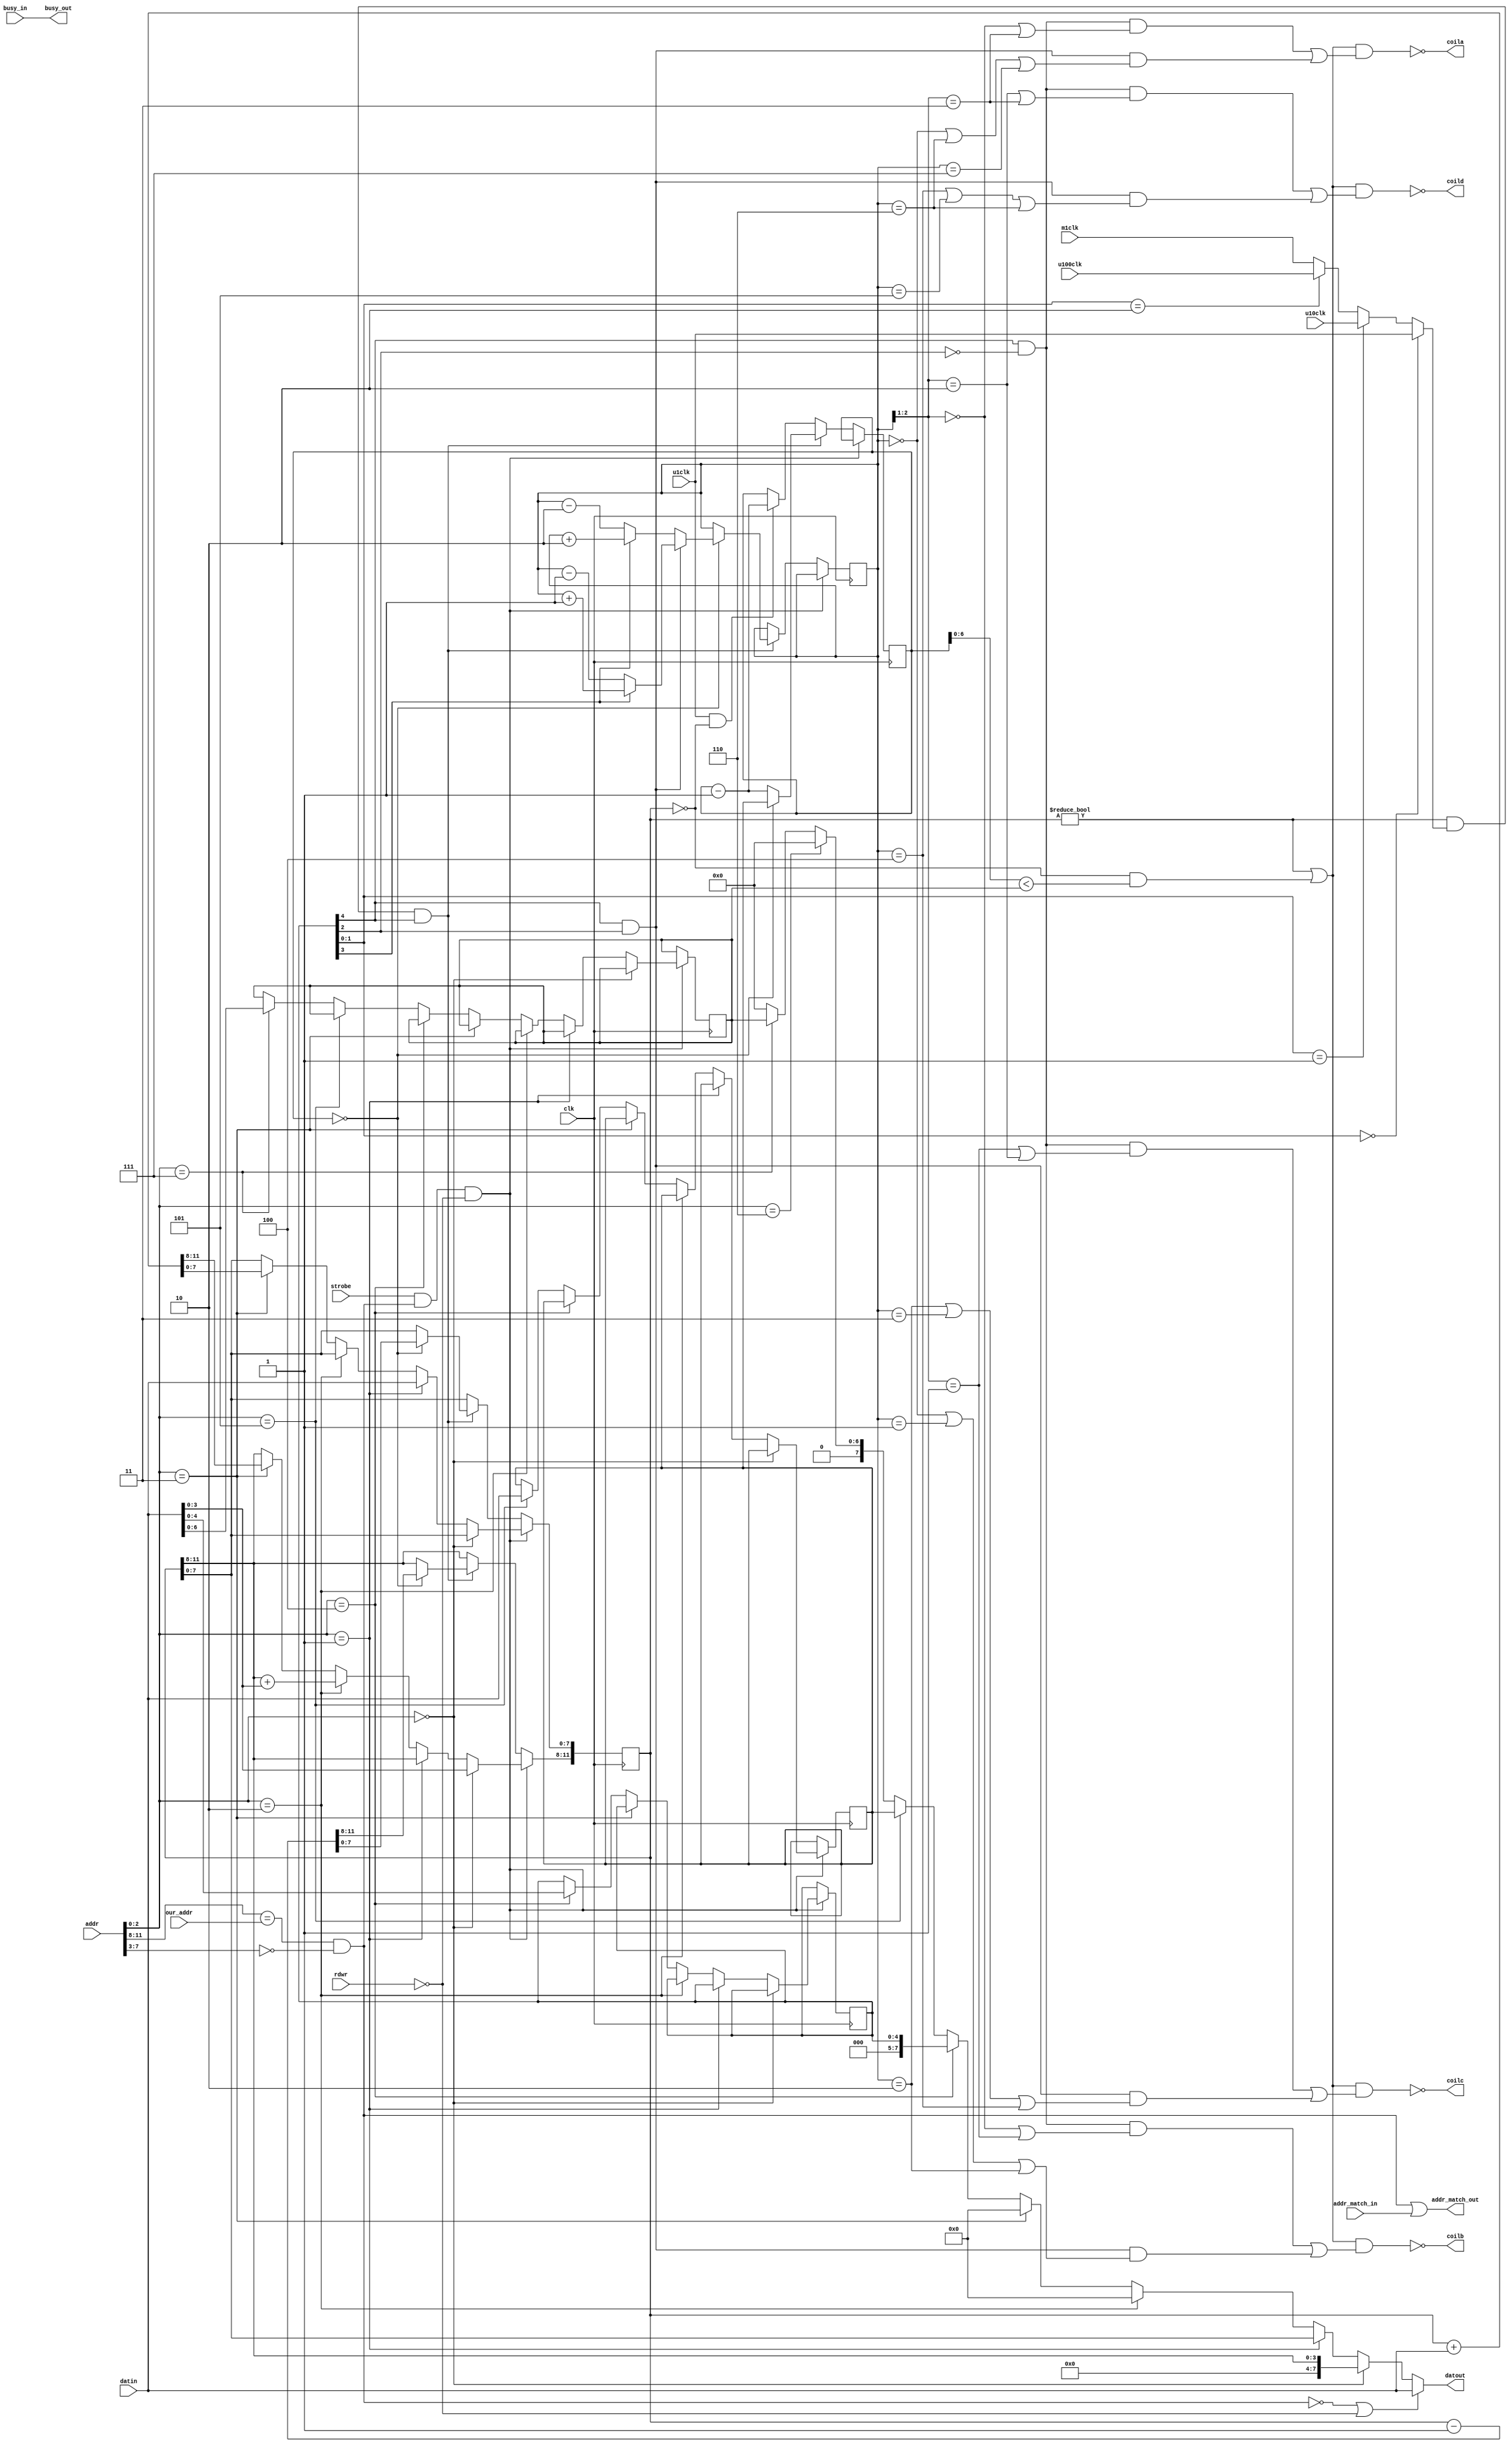
// *********************************************************
// Copyright (c) 2020 Demand Peripherals, Inc.
// 
// This file is licensed separately for private and commercial
// use.  See LICENSE.txt which should have accompanied this file
// for details.  If LICENSE.txt is not available please contact
// support@demandperipherals.com to receive a copy.
// 
// In general, you may use, modify, redistribute this code, and
// use any associated patent(s) as long as
// 1) the above copyright is included in all redistributions,
// 2) this notice is included in all source redistributions, and
// 3) this code or resulting binary is not sold as part of a
//    commercial product.  See LICENSE.txt for definitions.
// 
// DPI PROVIDES THE SOFTWARE "AS IS," WITHOUT WARRANTIES OR
// CONDITIONS OF ANY KIND, EITHER EXPRESS OR IMPLIED, INCLUDING
// WITHOUT LIMITATION ANY WARRANTIES OR CONDITIONS OF TITLE,
// NON-INFRINGEMENT, MERCHANTABILITY, OR FITNESS FOR A PARTICULAR
// PURPOSE.  YOU ARE SOLELY RESPONSIBLE FOR DETERMINING THE
// APPROPRIATENESS OF USING OR REDISTRIBUTING THE SOFTWARE (WHERE
// ALLOWED), AND ASSUME ANY RISKS ASSOCIATED WITH YOUR EXERCISE OF
// PERMISSIONS UNDER THIS AGREEMENT.
// 
// This software may be covered by US patent #10,324,889. Rights
// to use these patents is included in the license agreements.
// See LICENSE.txt for more information.
// *********************************************************

//////////////////////////////////////////////////////////////////////////
//
//
//      This design has a read/write register for the number of steps to go,
//  a read/write register for step rate (step period actually), a read/write
//  flag to indicate full or half steps, and a write-only register that adds
//  or removes steps from the target step count.
//      The hardware outputs go to each of the four windings on the stepper.
//
//  Outputs are inverted to match the power-on state of the FPGA.  The outputs
//  are as follows for full and half steps (without output inverters):
//
//  Full Step
//    phac[1:0]  Coil A  B  C  D
//           0        1  1  0  0
//           1        0  1  1  0
//           2        0  0  1  1
//           3        1  0  0  1
//
//
//  Half Step
//    phac[2:0]  Coil A  B  C  D
//           0        1  1  0  0
//           1        0  1  0  0
//           2        0  1  1  0
//           3        0  0  1  0
//           4        0  0  1  1
//           5        0  0  0  1
//           6        1  0  0  1
//           7        1  0  0  0
//
//  Registers are (high byte)
//    Addr=0    12 bit target step count, decremented to zero
//    Addr=2    12 bit value synchronously added to the target, write only
//    Addr=4    High 5 bits are the setup, low 8 bits are the period
//    Addr=6    Low 7 bits are the holding current PWM value
//
//  The setup register has the following bits
//   Bit 12   on/off     1==on
//   Bit 11   direction  1==abcd, 0=dcba
//   Bit 10   half/full  1==half
//   bit 9,8  00         period clock is 1 microsecond
//            01         period clock is 10 microseconds
//            10         period clock is 100 microseconds
//            11         period clock is 1 millisecond
//
/////////////////////////////////////////////////////////////////////////
module stepu(clk,rdwr,strobe,our_addr,addr,busy_in,busy_out,
       addr_match_in,addr_match_out,datin,datout,
       m1clk, u100clk, u10clk, u1clk,coila,coilb,coilc,coild);
    input  clk;              // system clock
    input  rdwr;             // direction of this transfer. Read=1; Write=0
    input  strobe;           // true on full valid command
    input  [3:0] our_addr;   // high byte of our assigned address
    input  [11:0] addr;      // address of target peripheral
    input  busy_in;          // ==1 if a previous peripheral is busy
    output busy_out;         // ==our busy state if our address, pass through otherwise
    input  addr_match_in;    // ==1 if a previous peripheral claims the address
    output addr_match_out;   // ==1 if we claim the above address, pass through otherwise
    input  [7:0] datin ;     // Data INto the peripheral;
    output [7:0] datout ;    // Data OUTput from the peripheral, = datin if not us.
    input  m1clk;            // Millisecond clock pulse
    input  u100clk;          // 100 microsecond clock pulse
    input  u10clk;           // 10 microsecond clock pulse
    input  u1clk;            // 1 microsecond clock pulse
    output coila;            // Output for coil #A
    output coilb;            // Output for coil #B
    output coilc;            // Output for coil #C
    output coild;            // Output for coil #D
 
    wire   myaddr;           // ==1 if a correct read/write on our address
    reg    [11:0] target;    // Step target.
    reg    [7:0] period;     // Inter-step period
    reg    [4:0] setup;      // Setup has on/off, direction, half/full steps, and frequency selector
    wire   onoff,dir;        // on/off and direction
    wire   full,half;        // indicators for full or half steps
    reg    [7:0] pdiv;       // period clock divider and holding PWM counter
    wire   pclk;             // period input clock
    reg    [2:0] phac;       // phase accumulator -- actual stepper position
    reg    [6:0] holding;    // holding current as a 7 bit number


    assign onoff = setup[4]; // on/off bit
    assign dir   = setup[3];
    assign full = onoff & (~setup[2]);
    assign half = onoff & setup[2];
    assign pclk = (setup[1:0] == 0) ? u1clk :
                  (setup[1:0] == 1) ? u10clk :
                  (setup[1:0] == 2) ? u100clk : m1clk ;

    initial
    begin
        target = 0;
        period = 8'hff;
        setup = 0;
        phac = 0;
    end

    always @(posedge clk)
    begin
        if (strobe & myaddr & ~rdwr)  // latch data on a write
        begin
            if (addr[2:0] == 0)
                target[11:8] <= datin[3:0];
            else if (addr[2:0] == 1)
                target[7:0] <= datin[7:0];
            else if (addr[2:0] == 2)
                target[11:8] <= target[11:8] + datin[3:0];
            else if (addr[2:0] == 3)
                target <= target + {4'h0,datin[7:0]};
            else if (addr[2:0] == 4)
                setup <= datin[4:0];
            else if (addr[2:0] == 5)
                period <= datin[7:0];
            //else if (addr[2:0] == 6) //not used
            else if (addr[2:0] == 7)
                holding <= datin[6:0];
        end
        else if ((target != 0) && pclk && (onoff == 1))  // Decrement the period counter
        begin
            if (pdiv == 0)
            begin
                pdiv <= period;
                target <= target - 12'h001;
                if (half)
                    phac <= (dir) ? phac + 3'h1 : phac - 3'h1;
                else
                    phac <= (dir) ? phac + 3'h2 : phac - 3'h2;
            end
            else
                pdiv <= pdiv - 8'h01;
        end
        else if (u1clk && (target == 0))    // apply holding current
        begin
            pdiv <= pdiv - 8'h01;
        end
    end

    // Assign the outputs.  See the full/half tables at the top of this file
    // Outputs are inverted to match the power-on state of the FPGA
    assign coila = ~(((target != 0) || ((target == 0) && (pdiv[6:0] < holding))) &&
                   (((full) && ((phac[2:1] == 0) || (phac[2:1] == 3))) ||
                   ((half) && ((phac[2:0] == 0) || (phac[2:0] == 6) || (phac[2:0] == 7)))));
    assign coilb = ~(((target != 0) || ((target == 0) && (pdiv[6:0] < holding))) &&
                   (((full) && ((phac[2:1] == 0) || (phac[2:1] == 1))) ||
                   ((half) && ((phac[2:0] == 0) || (phac[2:0] == 1) || (phac[2:0] == 2)))));
    assign coilc = ~(((target != 0) || ((target == 0) && (pdiv[6:0] < holding))) &&
                   (((full) && ((phac[2:1] == 1) || (phac[2:1] == 2))) ||
                   ((half) && ((phac[2:0] == 2) || (phac[2:0] == 3) || (phac[2:0] == 4)))));
    assign coild = ~(((target != 0) || ((target == 0) && (pdiv[6:0] < holding))) &&
                   (((full) && ((phac[2:1] == 2) || (phac[2:1] == 3))) ||
                   ((half) && ((phac[2:0] == 4) || (phac[2:0] == 5) || (phac[2:0] == 6)))));
 
    assign myaddr = (addr[11:8] == our_addr) && (addr[7:3] == 0);
    assign datout = (~myaddr || ~rdwr) ? datin : 
                     (addr[2:0] == 0) ? {4'h0,target[11:8]} :
                     (addr[2:0] == 1) ? target[7:0] :
                     (addr[2:0] == 2) ? 8'h00 :   // Nothing to report for the increment register
                     (addr[2:0] == 3) ? 8'h00 :
                     (addr[2:0] == 4) ? {3'h0,setup} :
                     (addr[2:0] == 5) ? period :
                     (addr[2:0] == 6) ? 8'h00 :
                     (addr[2:0] == 7) ? {1'h0,holding} :
                     8'h00;

    // Loop in-to-out where appropriate
    assign busy_out = busy_in;
    assign addr_match_out = myaddr | addr_match_in;

endmodule